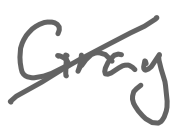
Text: Gray
Cross-out: diagonal
Writing tool: digital_gray